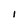
Character: I